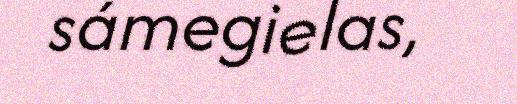
sámegielas,